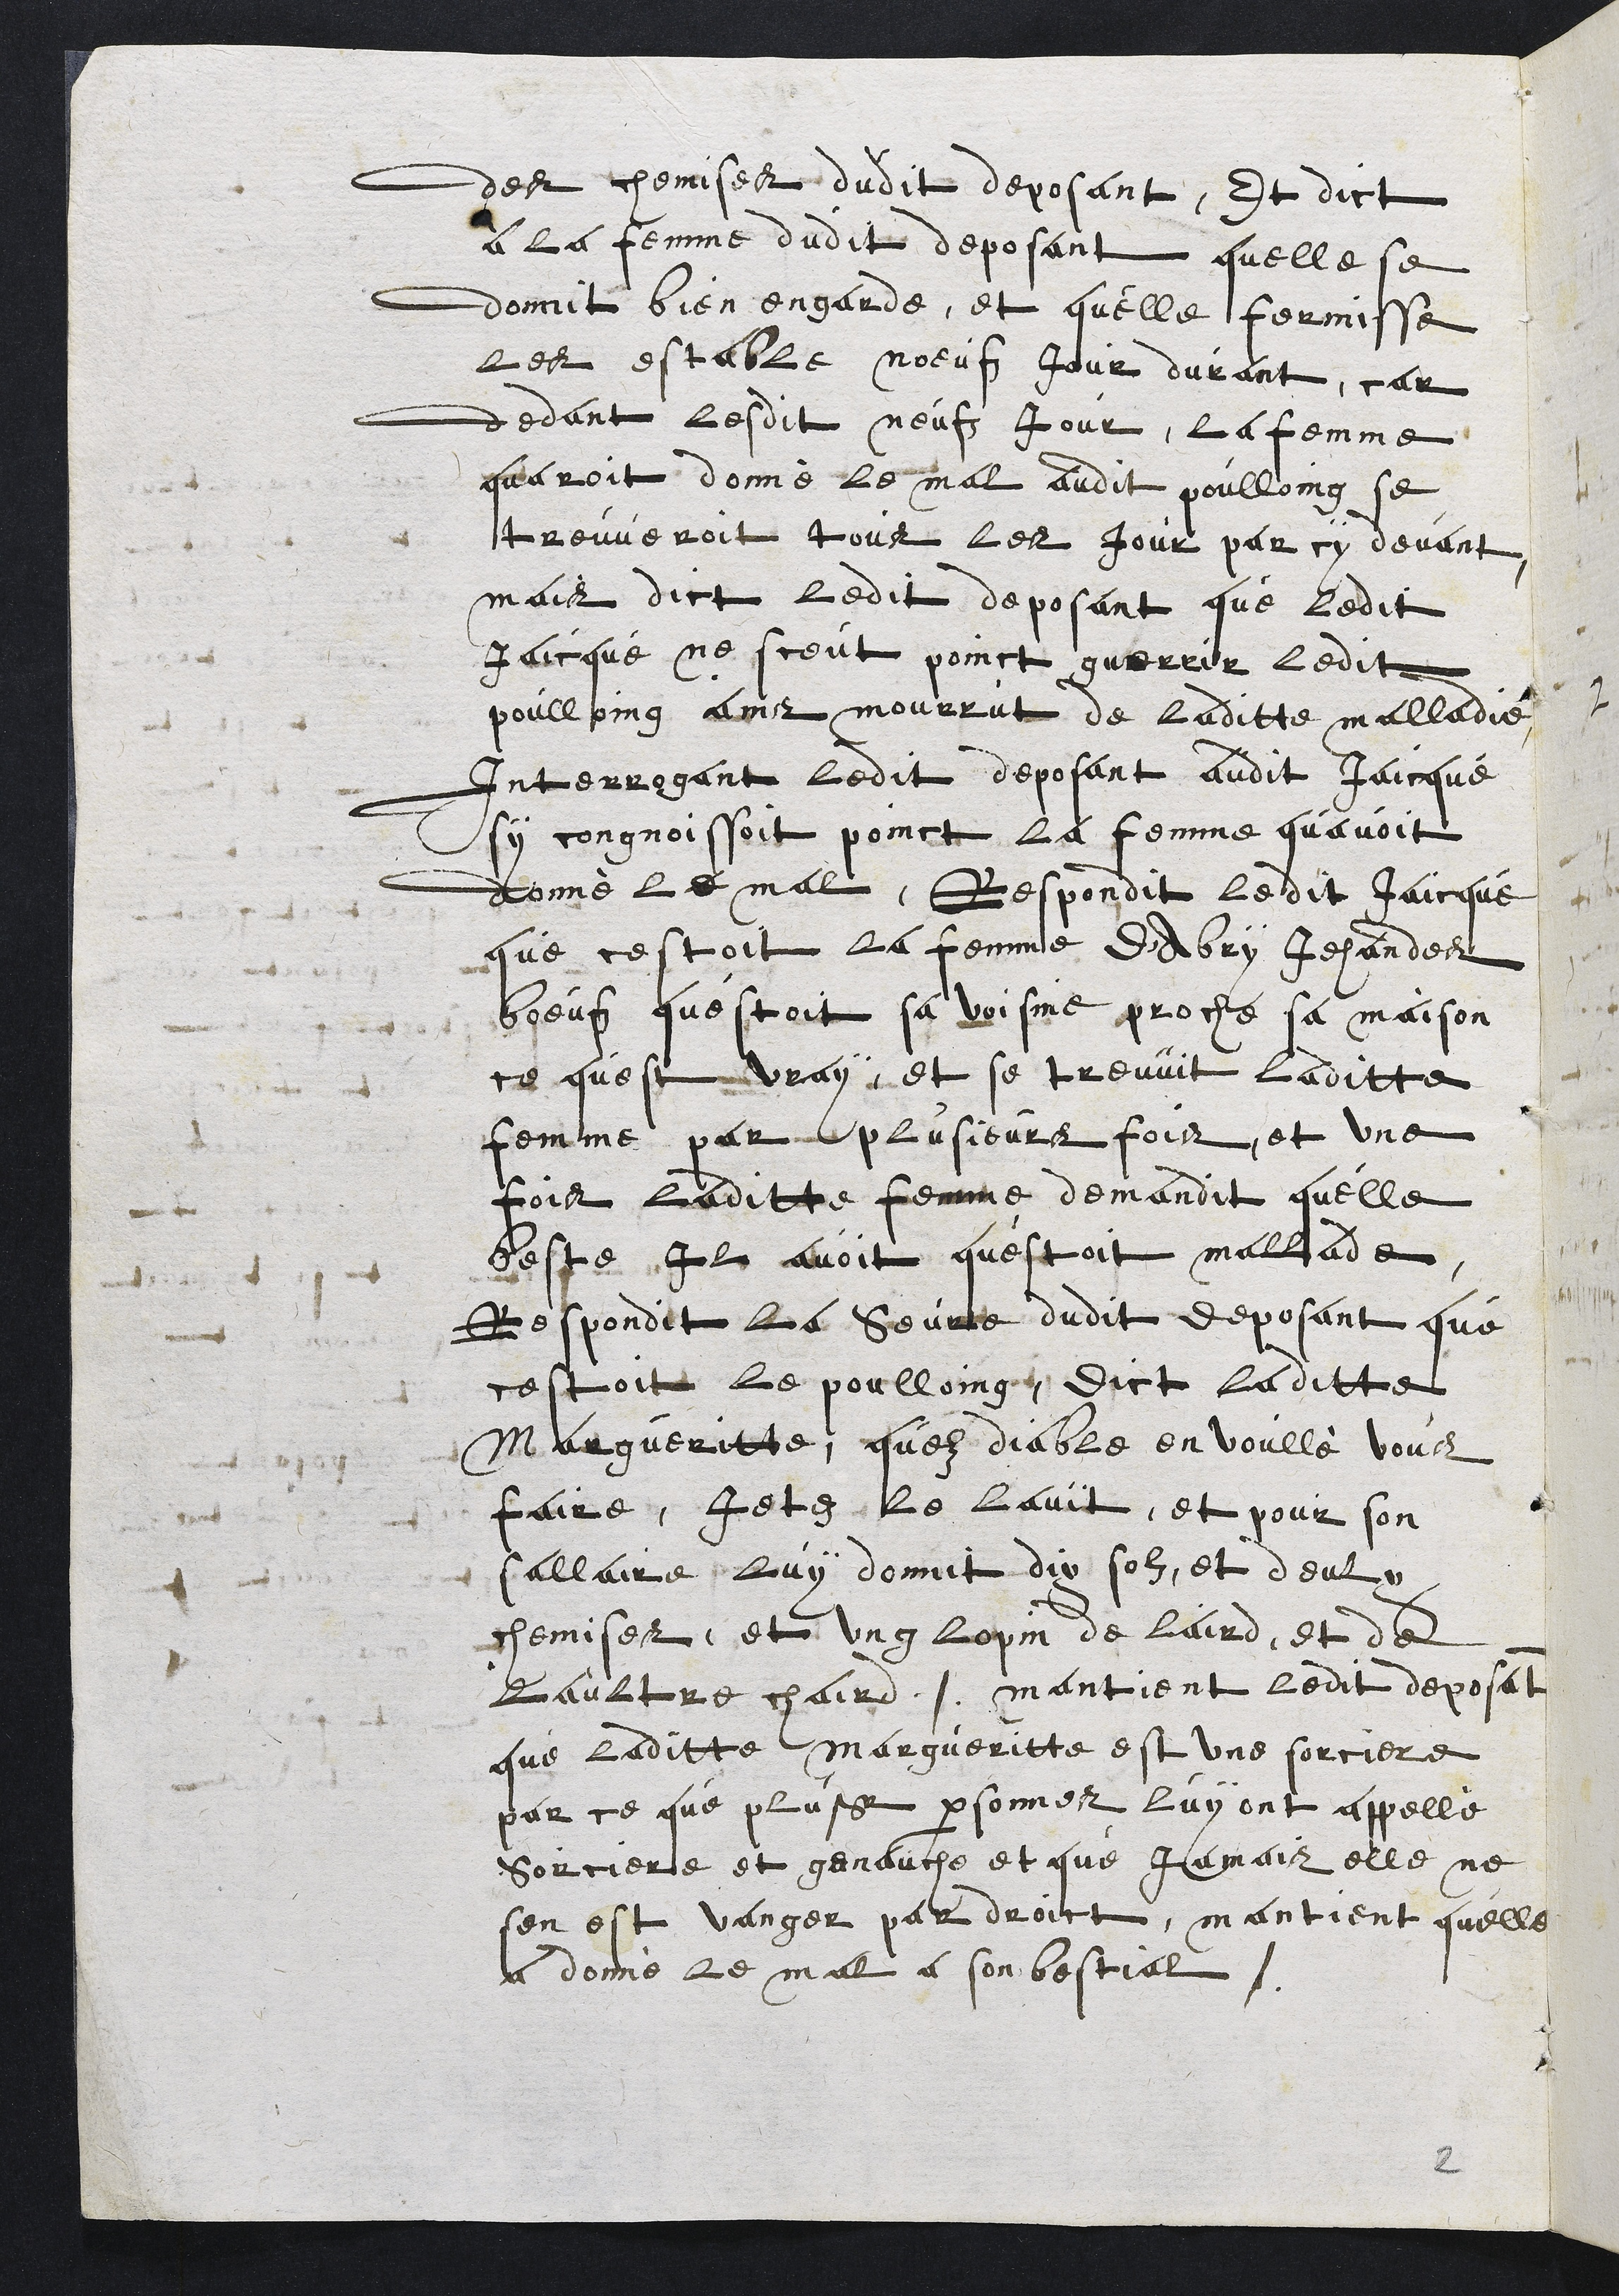
des chemises dudit deposant, Et dict
a la femme dudit deposant quelle se
donnit bien engarde, et quelle fermisse
les estable noeufz jour durant, car
dedant lesdit neufz jour la femme
quavoit donné le mal audit poulloing se
treuveroit tous les jour par cy devant,
mais dict ledit deposant que ledit
Jaicque ne sceut poinct guerrir ledit
poulloing ains mourrut de laditte malladie
Interrogant ledit deposant audit Jaicque
sy congnoissoit poinct, la femme quavoit
donné le mal. Respondit ledit Jaicque
que cestoit la femme d'Abry Jehan des
boeufz questoit sa voisine, proche sa maison
ce quest vray, et se treuvit laditte
femme par plusieurs fois et une
fois laditte femme demandit quelle
beste, il avoit questoit mallade,
Respondit la Seurre dudit deposant que
cestoit le poulloing, dict laditte
Margueritte, quelz diable en voullé vous
faire, jetez Le lavit, et pour son
sallaire, luy donnit dix solz, et deulx
chemises, et ung lopin de laird, et de
Laultre chaird. mantient ledit deposant
que laditte Margueritte est une sorciere
par ce que plusieurs personnes luy ont appellé
sorciere et genauche et que jamais elle ne
sen est vanger par droict, mantient quelle
a donné le mal a son bestial.